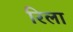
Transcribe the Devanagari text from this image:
रिला